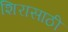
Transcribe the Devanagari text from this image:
शिरासाठी